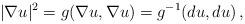
LaTeX: \begin{align*}|\nabla u|^2 = g(\nabla u , \nabla u) = g^{-1} (du , du) \, , \end{align*}